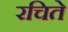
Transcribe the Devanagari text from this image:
रचिते